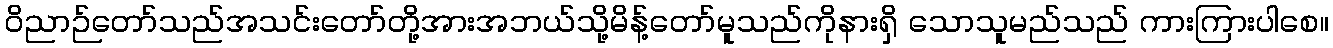
ဝိညာဉ်တော်သည်အသင်းတော်တို့အားအဘယ်သို့မိန့်တော်မူသည်ကိုနားရှိ သောသူမည်သည် ကားကြားပါစေ။